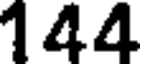
144